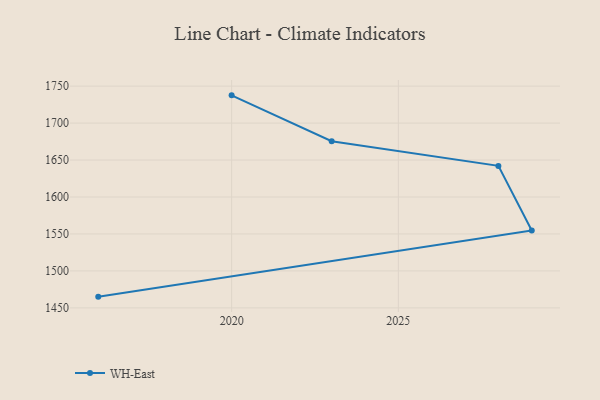
{"axis": {"x": "Year", "y": "Website Visitors"}, "legend": ["WH-East"], "data": [{"x": "2016", "y": 1465.2, "type": "WH-East"}, {"x": "2029", "y": 1554.7, "type": "WH-East"}, {"x": "2028", "y": 1642.1, "type": "WH-East"}, {"x": "2023", "y": 1675.4, "type": "WH-East"}, {"x": "2020", "y": 1737.5, "type": "WH-East"}]}